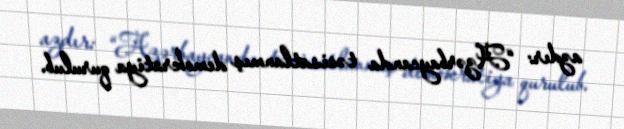
azdır: “Azərbaycanda təsisatlanmış demokratiya qurulub.